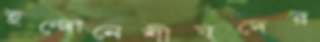
ইন্দোনেশীয়দের